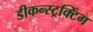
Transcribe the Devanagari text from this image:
डीकन्स्ट्रक्टिंग